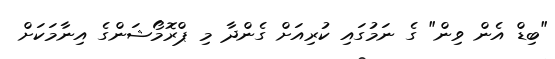
"ބިޑް އެން ވިން" ގެ ނަމުގައި ކުރިއަށް ގެންދާ މި ޕްރޮމޯޝަންގެ އިނާމަކަށް